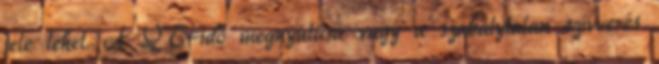
jele lehet. A QT-idő megnyúlása vagy a szabálytalan szívverés